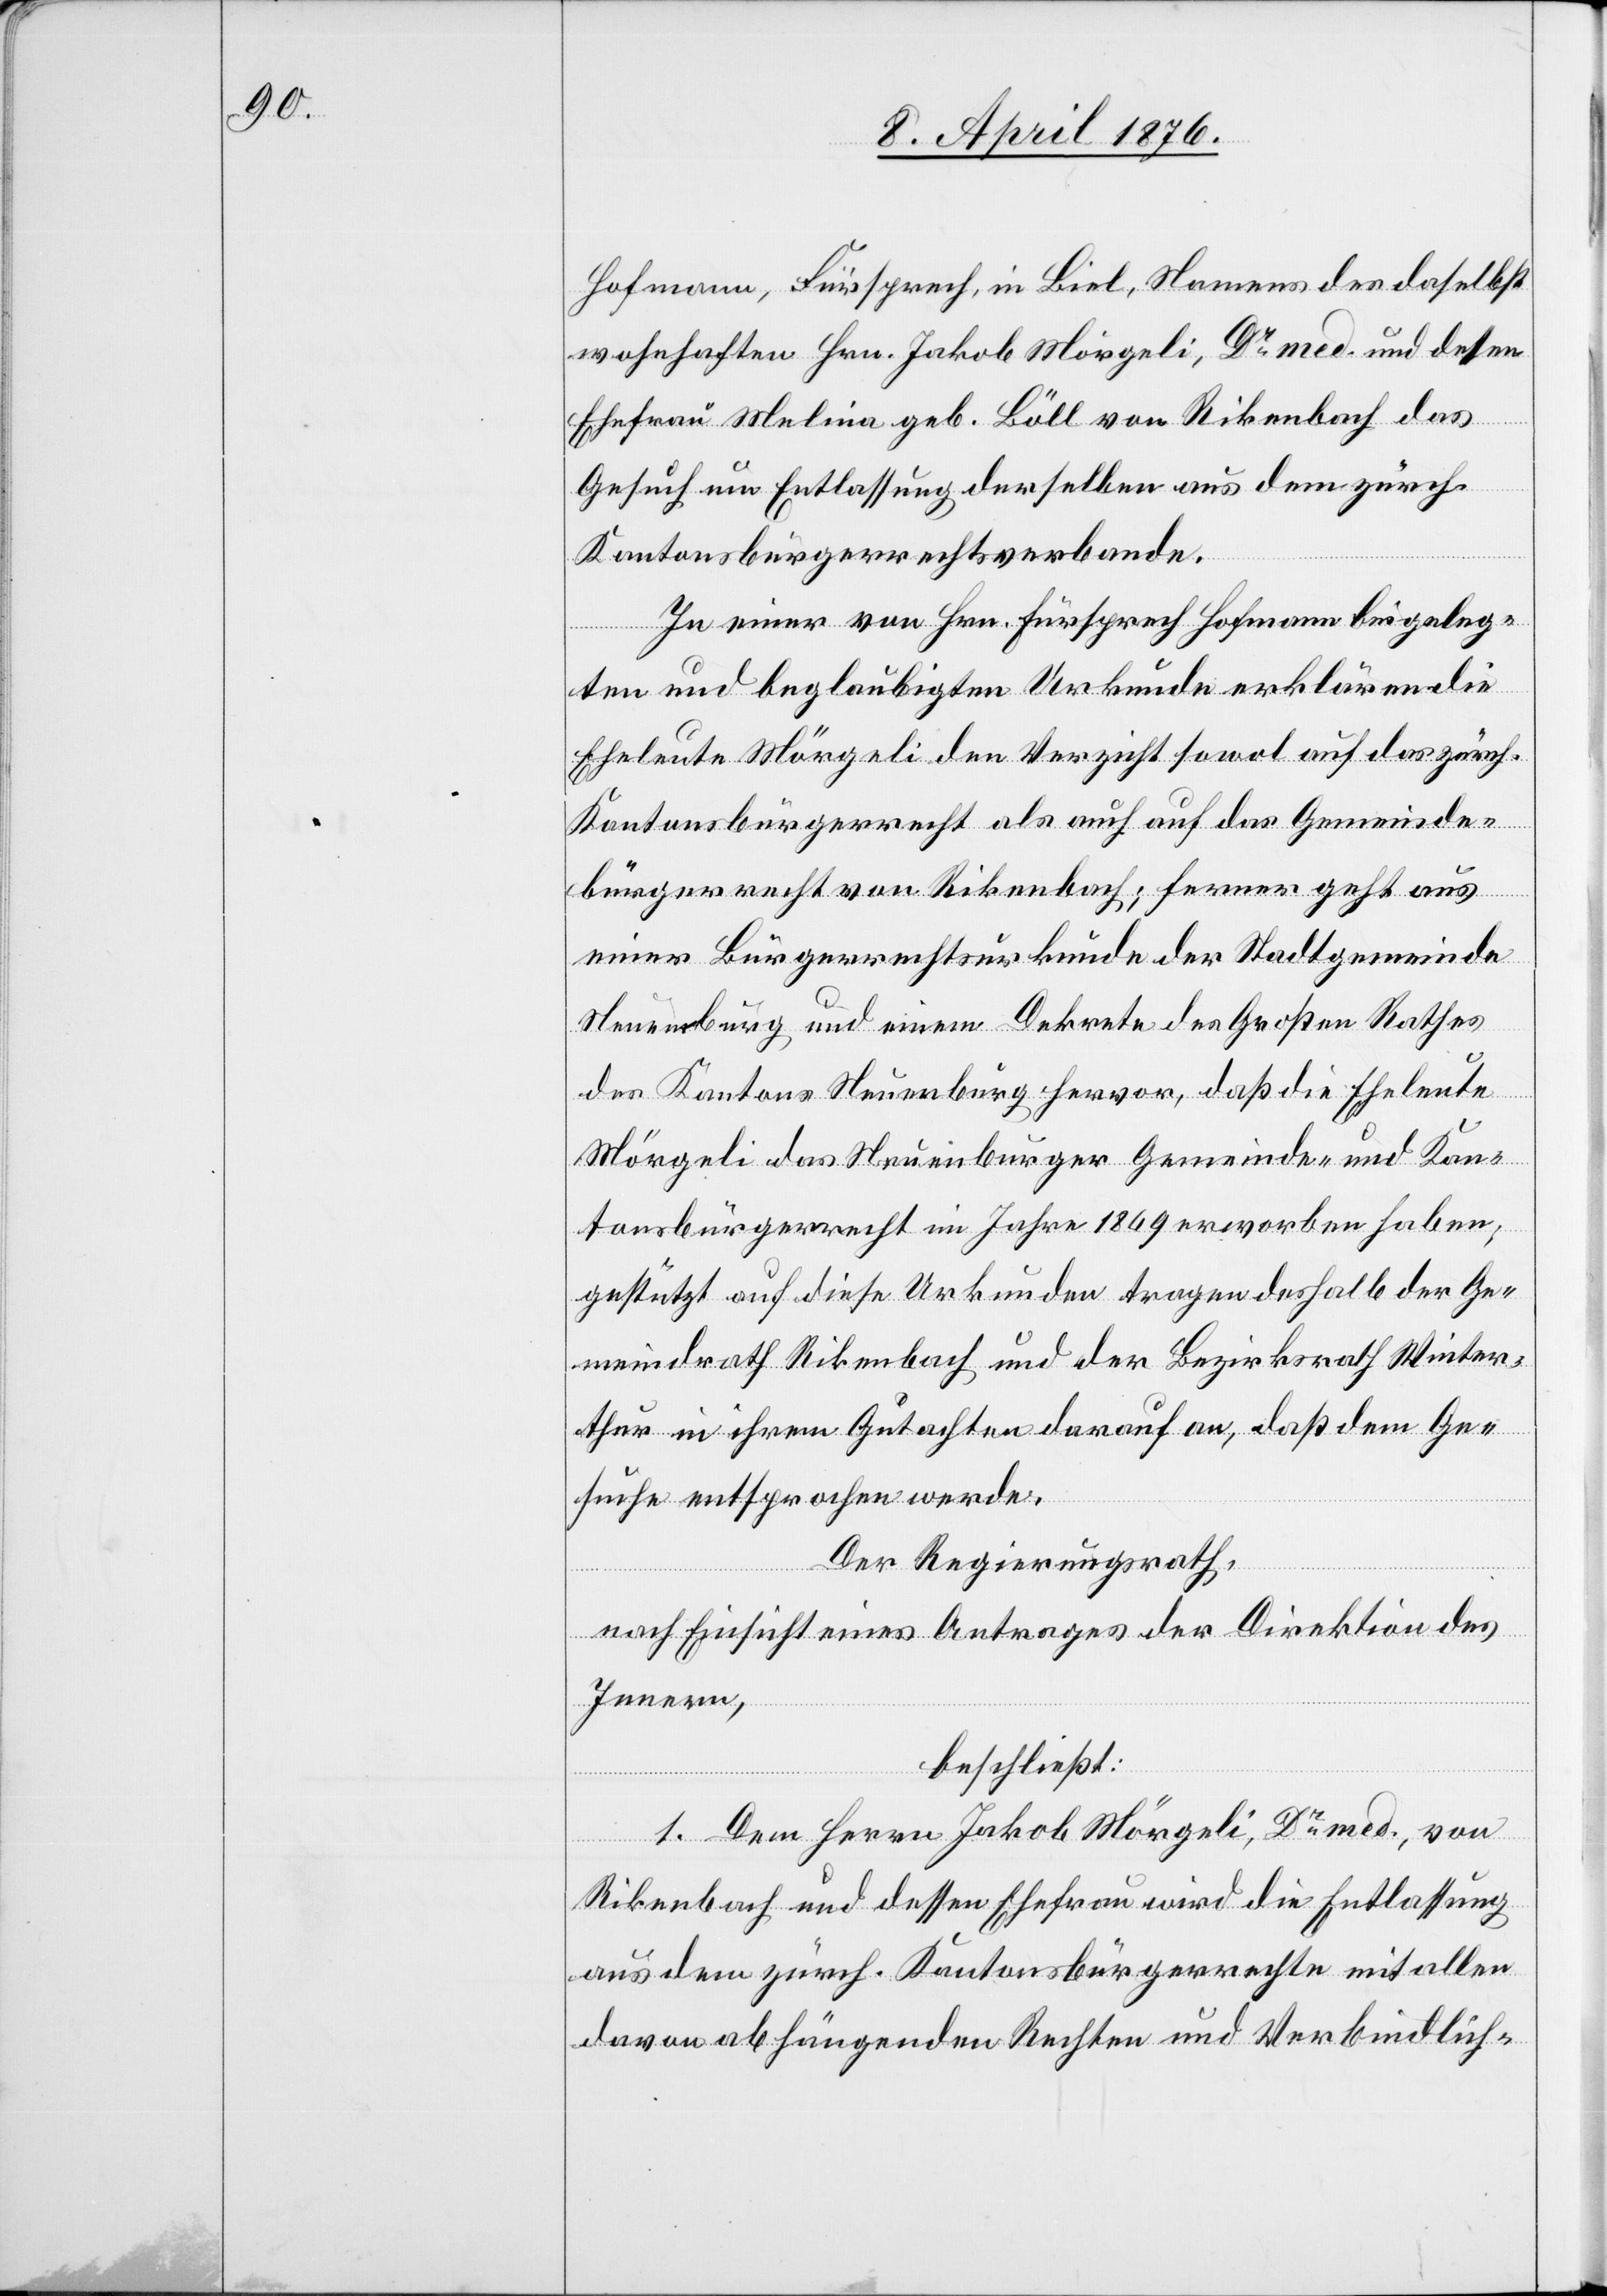
Hofmann, Fürsprech, in Biel, Namens des daselbst
wohnhaften Hrn. Jakob Mörgeli, Dr med. und dessen
ic!]
Ehefrau Melina geb. Böll von Rikenbach [s¬
Gesuch um Entlassung derselben aus dem zürch.
Kantonsbürgerrechtsverbande.
In einer von Hrn. Fürsprech Hofmann beigeleg¬
das
ten und beglaubigten Urkunde erklären die
Eheleute Mörgeli den Verzicht sowol auf das zürch.
Kantonsbürgerrecht als auch auf das Gemeinde¬
bürgerrecht von Rikenbach; ferner geht aus
einer Bürgerrechtsurkunde der Stadtgemeinde
Neuenburg und einem Dekrete des Großen Rathes
des Kantons Neuenburg hervor, daß die Eheleute
Mörgeli das Neuenburger Gemeinde- und Kan¬
tonsbürgerrecht im Jahre 1869 erworben haben;
gestützt auf diese Urkunde tragen deshalb der Ge¬
meindrath Rikenbach und der Bezirksrath Winter¬
thur in ihrem Gutachten darauf an, daß dem Ge¬
suche entsprochen werde.
Der Regierungsrath,
nach Einsicht eines Antrages der Direktion des
Innern,
beschließt:
1. Dem Herrn Jakob Mörgeli, Dr med., von
Rikenbach und dessen Ehefrau wird die Entlassung
aus dem zürch. Kantonsbürgerrechte mit allen
davon abhängenden Rechten und Verbindlich-